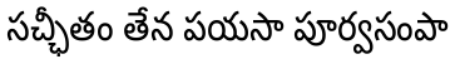
సచ్ఛీతం తేన పయసా పూర్వసంపా